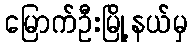
မြောက်ဦးမြို့နယ်မှ